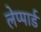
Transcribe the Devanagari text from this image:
लेप्पार्ड